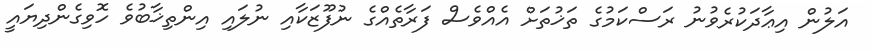
އަލުން އިޢާދަކުރެވުނު ރަސްކަމުގެ ތަޚުތަށް އެއްވެސް ފަރާތެއްގެ ނުފޫޒަކާއި ނުލައި އިންތިޚާބުވެ ހޮވިގެންދިޔައީ